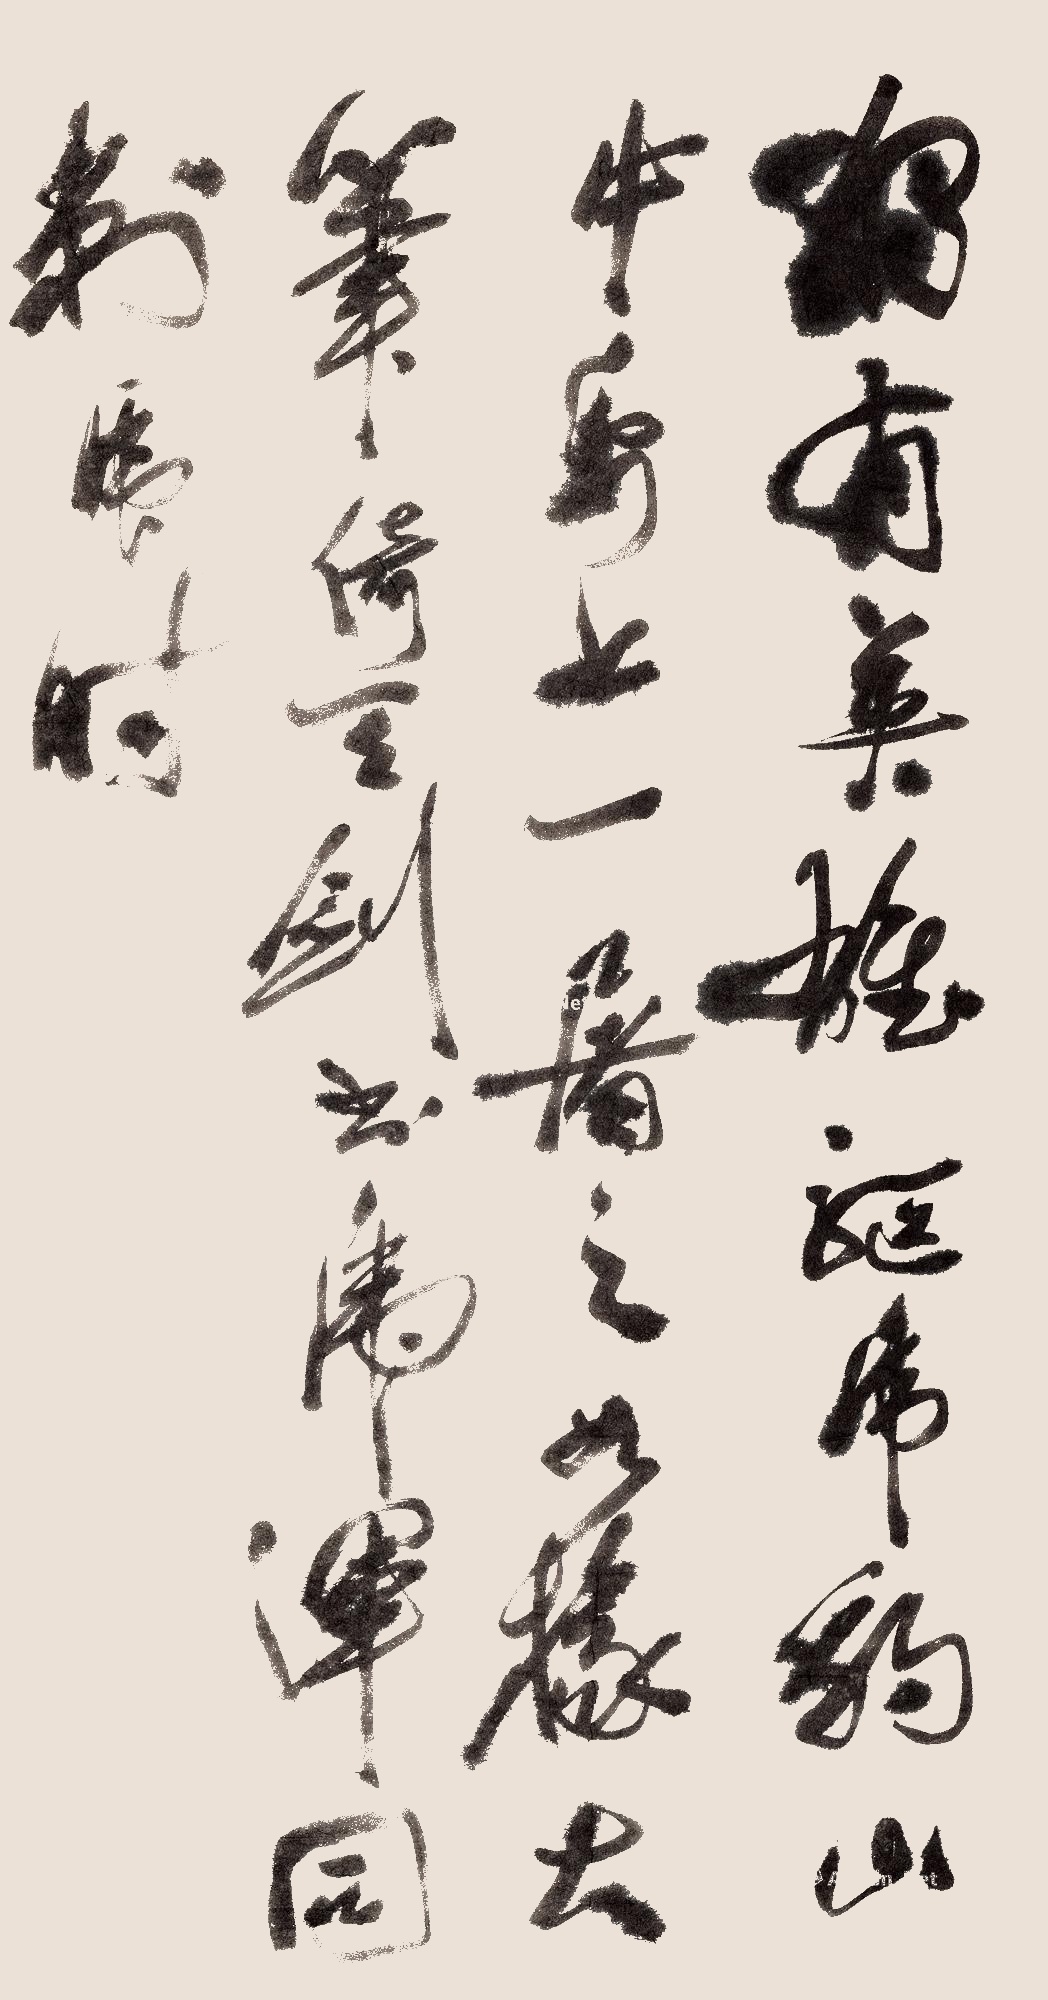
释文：独有英雄驱虎豹，山中纸上一屠之。如椽大笔倚天剑，书虎浑同刺虎时。